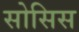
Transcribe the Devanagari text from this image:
सोसिस